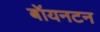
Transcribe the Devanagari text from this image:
बॉयनटन